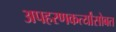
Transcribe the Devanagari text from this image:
अपहरणकर्त्यांसोबत